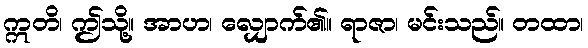
ဣတိ၊ ဤသို့။ အာဟ၊ လျှောက်၏။ ရာဇာ၊ မင်းသည်။ တထာ၊